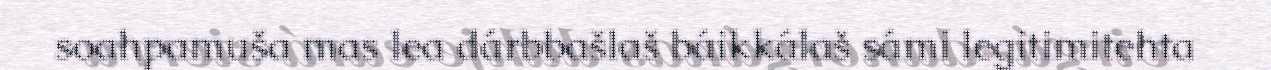
soahpamuša mas lea dárbbašlaš báikkálaš sámi legitimitehta